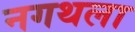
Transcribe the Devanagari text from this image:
नगथला